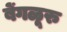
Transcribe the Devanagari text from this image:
बेंगळूरु